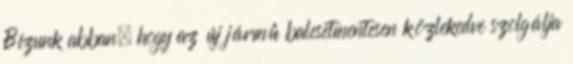
Bízunk abban, hogy az új jármű balesetmentesen közlekedve szolgálja